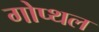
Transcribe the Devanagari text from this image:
गोप्थल